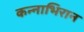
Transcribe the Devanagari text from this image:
कन्नाभिरान